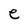
Character: e